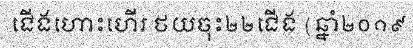
ជើងហោះហើរ ថយចុះ២២ជើង (ឆ្នាំ២០១៩